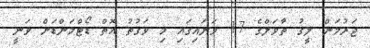
ޖަރުމަން ލީގު ތާވަލްގެ 17 ވަނައިގައި މި ވަގުތު އޮތް ޑޯޓްމަންޑަށް ވަނީ